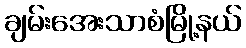
ချမ်းအေးသာစံမြို့နယ်